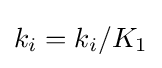
k_{i}=k_{i}/K_{1}